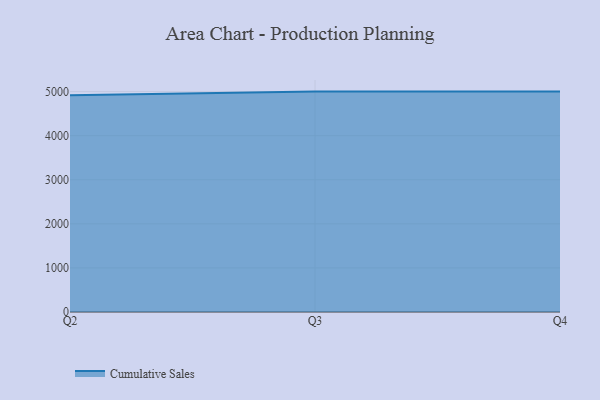
{"axis": {"x": "Quarter", "y": "Demand Index"}, "legend": ["Cumulative Sales"], "data": [{"x": "Q2", "y": 4919.5, "type": "Cumulative Sales"}, {"x": "Q3", "y": 5000, "type": "Cumulative Sales"}, {"x": "Q4", "y": 5000, "type": "Cumulative Sales"}]}